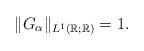
LaTeX: \begin{align*}\|G_\alpha\|_{L^1(\mathbb{R};\mathbb{R})}=1.\end{align*}